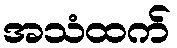
အသံထက်